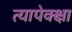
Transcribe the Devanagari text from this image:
त्यापेक्क्षा